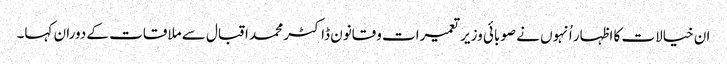
ان خیالات کا اظہار اُنہوں نے صوبائی وزیر تعمیرات وقانون ڈاکٹر محمد اقبال سے ملاقات کے دوران کہا۔